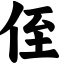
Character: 侄